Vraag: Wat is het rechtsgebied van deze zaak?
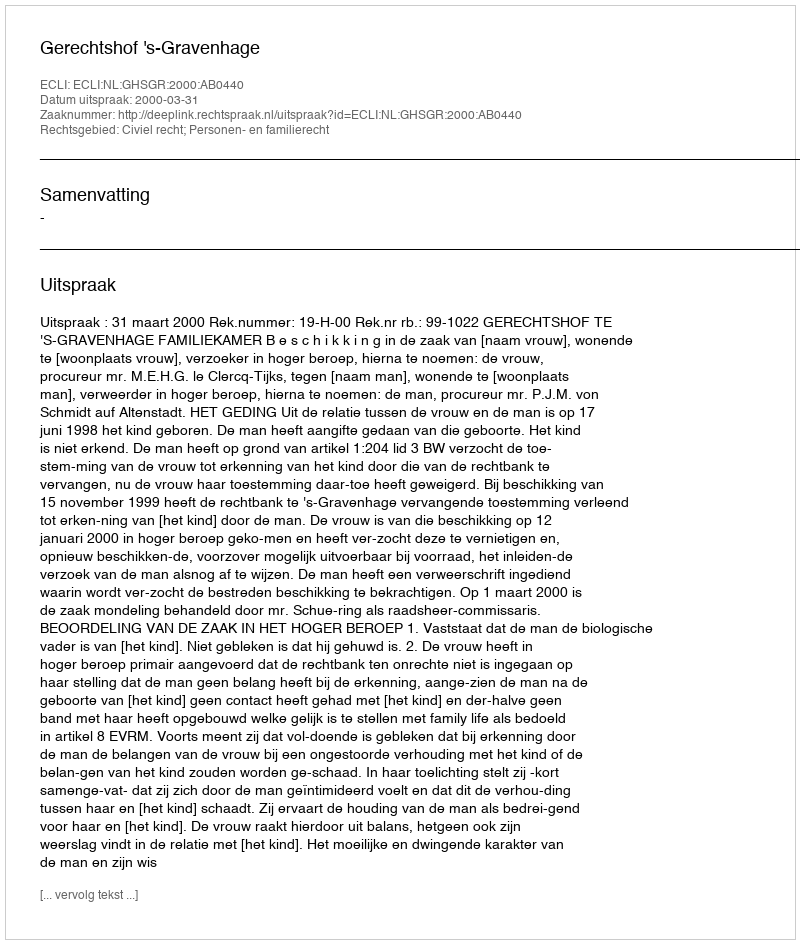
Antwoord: Civiel recht; Personen- en familierecht